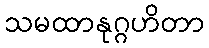
သမထာနုဂ္ဂဟိတာ